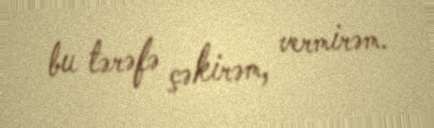
bu tərəfə çəkirəm, vermirəm.